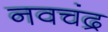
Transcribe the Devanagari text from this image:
नवचंद्र